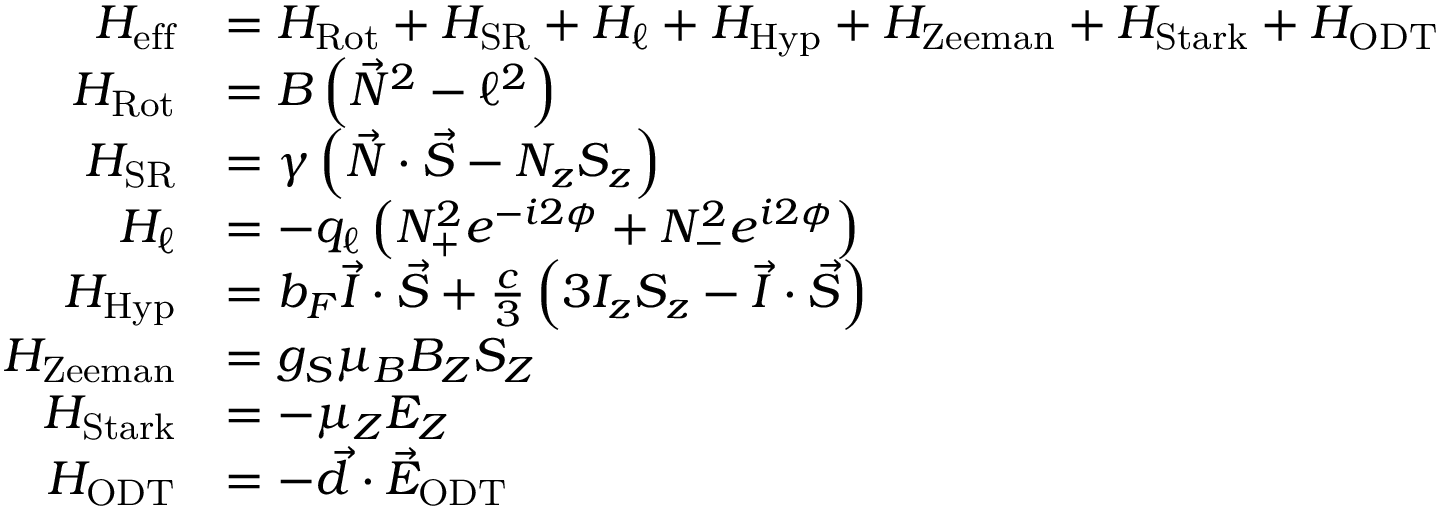
\begin{array} { r l } { H _ { \mathrm { e f f } } } & { = H _ { \mathrm { R o t } } + H _ { \mathrm { S R } } + H _ { \ell } + H _ { \mathrm { H y p } } + H _ { \mathrm { Z e e m a n } } + H _ { \mathrm { S t a r k } } + H _ { \mathrm { O D T } } } \\ { H _ { \mathrm { R o t } } } & { = B \left( \vec { N } ^ { 2 } - \ell ^ { 2 } \right) } \\ { H _ { \mathrm { S R } } } & { = \gamma \left( \vec { N } \cdot \vec { S } - N _ { z } S _ { z } \right) } \\ { H _ { \ell } } & { = - q _ { \ell } \left( N _ { + } ^ { 2 } e ^ { - i 2 \phi } + N _ { - } ^ { 2 } e ^ { i 2 \phi } \right) } \\ { H _ { \mathrm { H y p } } } & { = b _ { F } \vec { I } \cdot \vec { S } + \frac { c } { 3 } \left( 3 I _ { z } S _ { z } - \vec { I } \cdot \vec { S } \right) } \\ { H _ { \mathrm { Z e e m a n } } } & { = g _ { S } \mu _ { B } B _ { Z } S _ { Z } } \\ { H _ { \mathrm { S t a r k } } } & { = - \mu _ { Z } E _ { Z } } \\ { H _ { \mathrm { O D T } } } & { = - \vec { d } \cdot \vec { E } _ { \mathrm { O D T } } } \end{array}